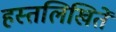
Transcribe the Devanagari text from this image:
हस्तलिखितें